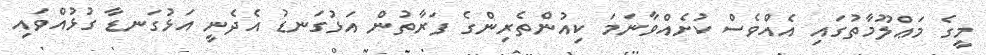
މީގެ މަޢްލޫމާތުގައި އެއްވެސް ކުށެއްވާނަމަ ކިއުންތެރިންގެ ފަރާތުން އަޅުގަނޑު އެދެނީ އަޅުގަނޑާ ގުޅުއްވައި